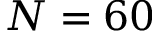
N = 6 0